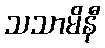
သသာမိနီ